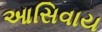
આસિવાય